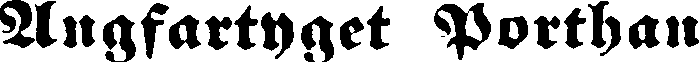
Ångfartyget Porthan